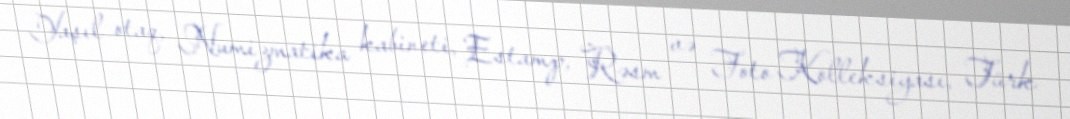
Yaşıl otaq, Numizmatika kabineti, Estamp, Rəsm və Foto Kolleksiyası, Türk